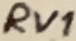
Text: RV1